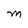
Character: M